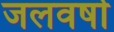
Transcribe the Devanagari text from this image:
जलवर्षा